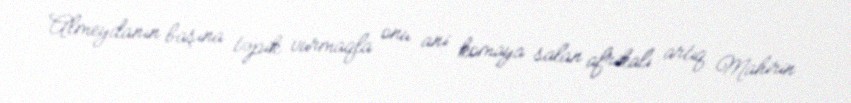
Almeydanın başına təpik vurmaqla onu ani komaya salan afrikalı artıq Mahirin